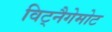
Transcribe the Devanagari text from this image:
विट्नैगेमोट